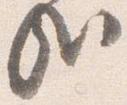
哉